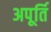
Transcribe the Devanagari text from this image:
अपूर्ति